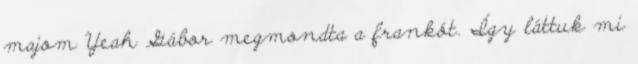
majom Yeah Gábor megmondta a frankót. Így láttuk mi